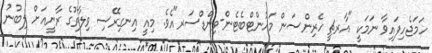
ހަމަޖެހިފައިވާ ނަމަކީ "އާރޗީ ހެރިންސަން މައުންޓްބެޓެން-ވިންޑްސަރ"އެވެ. މިއީ އިނގިރޭސި ވިލާތުގެ ރާނީއަށް ލިބުނު